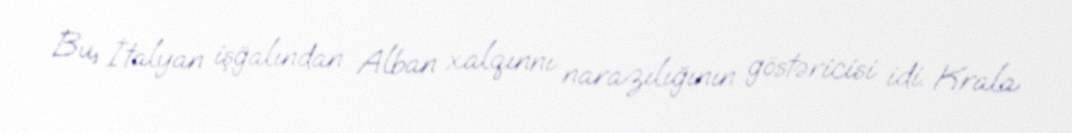
Bu, İtalyan işğalından Alban xalqınnı narazılığının göstəricisi idi. Krala